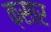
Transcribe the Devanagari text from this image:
क़सार